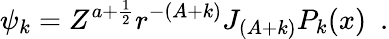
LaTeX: \psi_{k}=Z^{a+\frac{1}{2}}r^{-(A+k)}J_{(A+k)}P_{k}(x)\, \, \, .